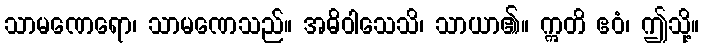
သာမဏေရော၊ သာမဏေသည်။ အဓိဝါသေသိ၊ သာယာ၏။ ဣတိ ဧဝံ၊ ဤသို့။